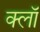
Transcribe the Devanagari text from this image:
क्लॉ